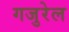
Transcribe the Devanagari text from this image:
गजुरेल